Bréfritari: Sigríður Pálsdóttir
Viðtakandi: Páll Pálsson
Dagsetning: A-1869-02-26
Skrifað á: Breiðabólsstað  Rang.
Páll var bróðir Sigríðar

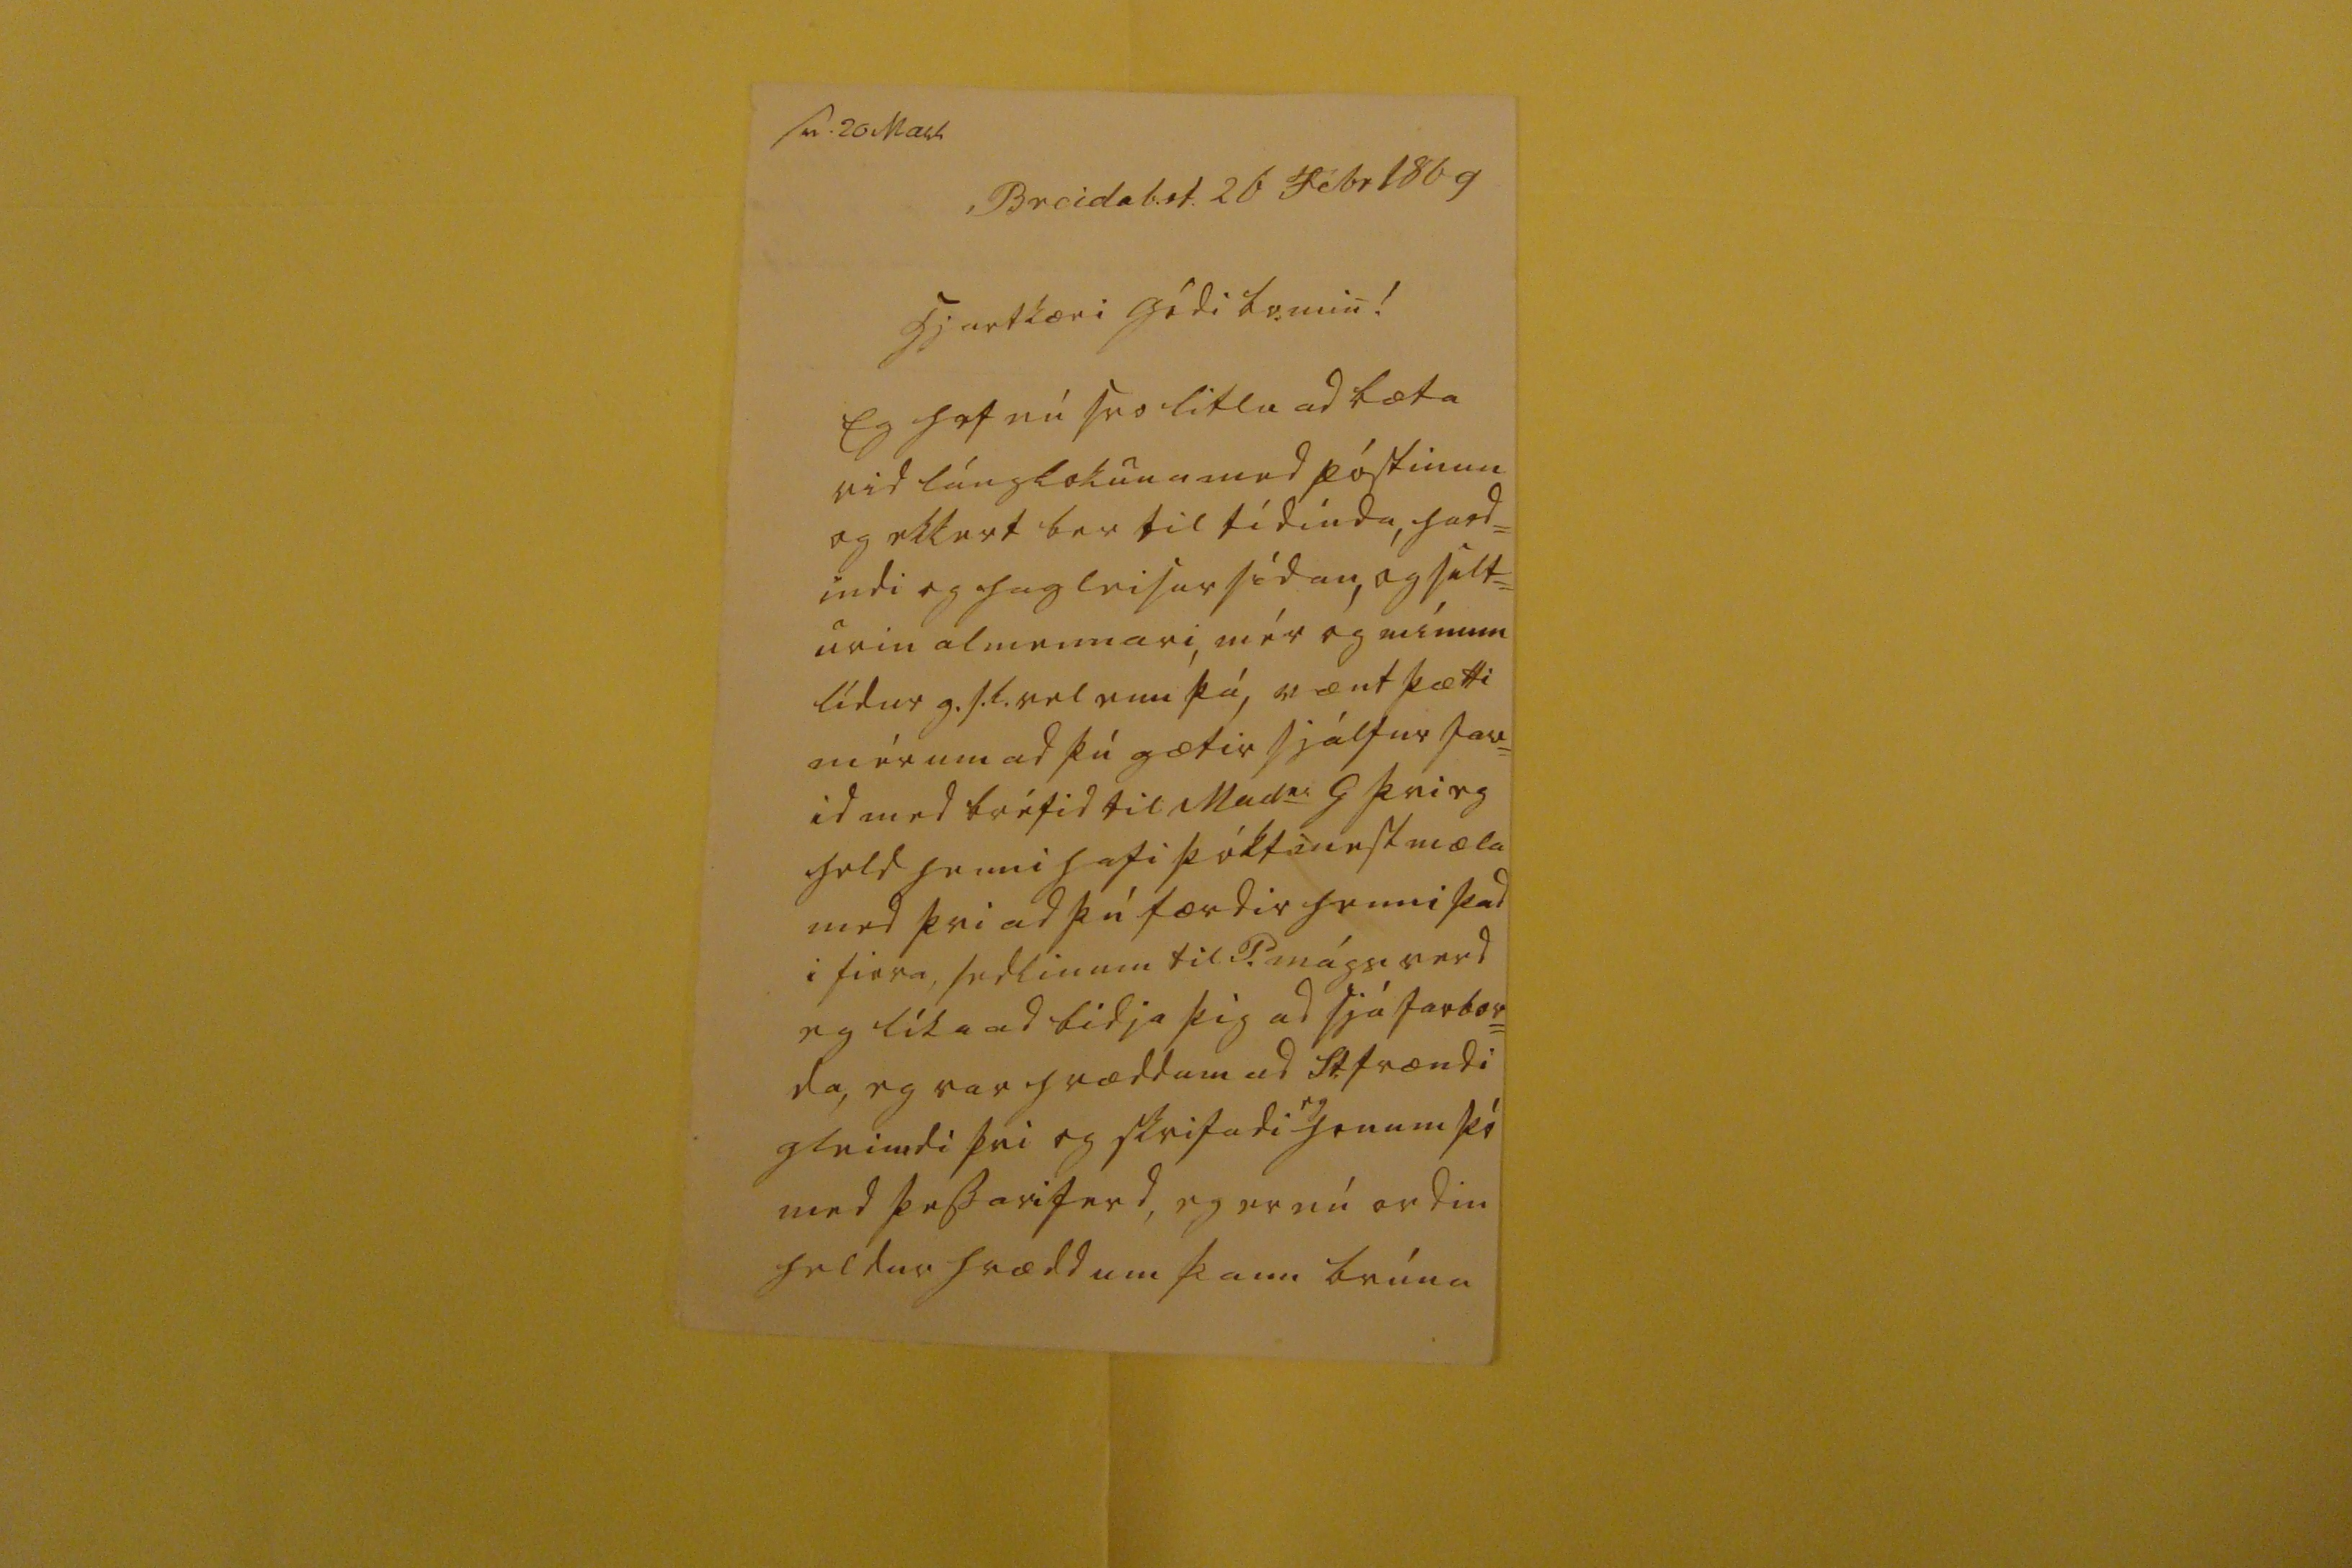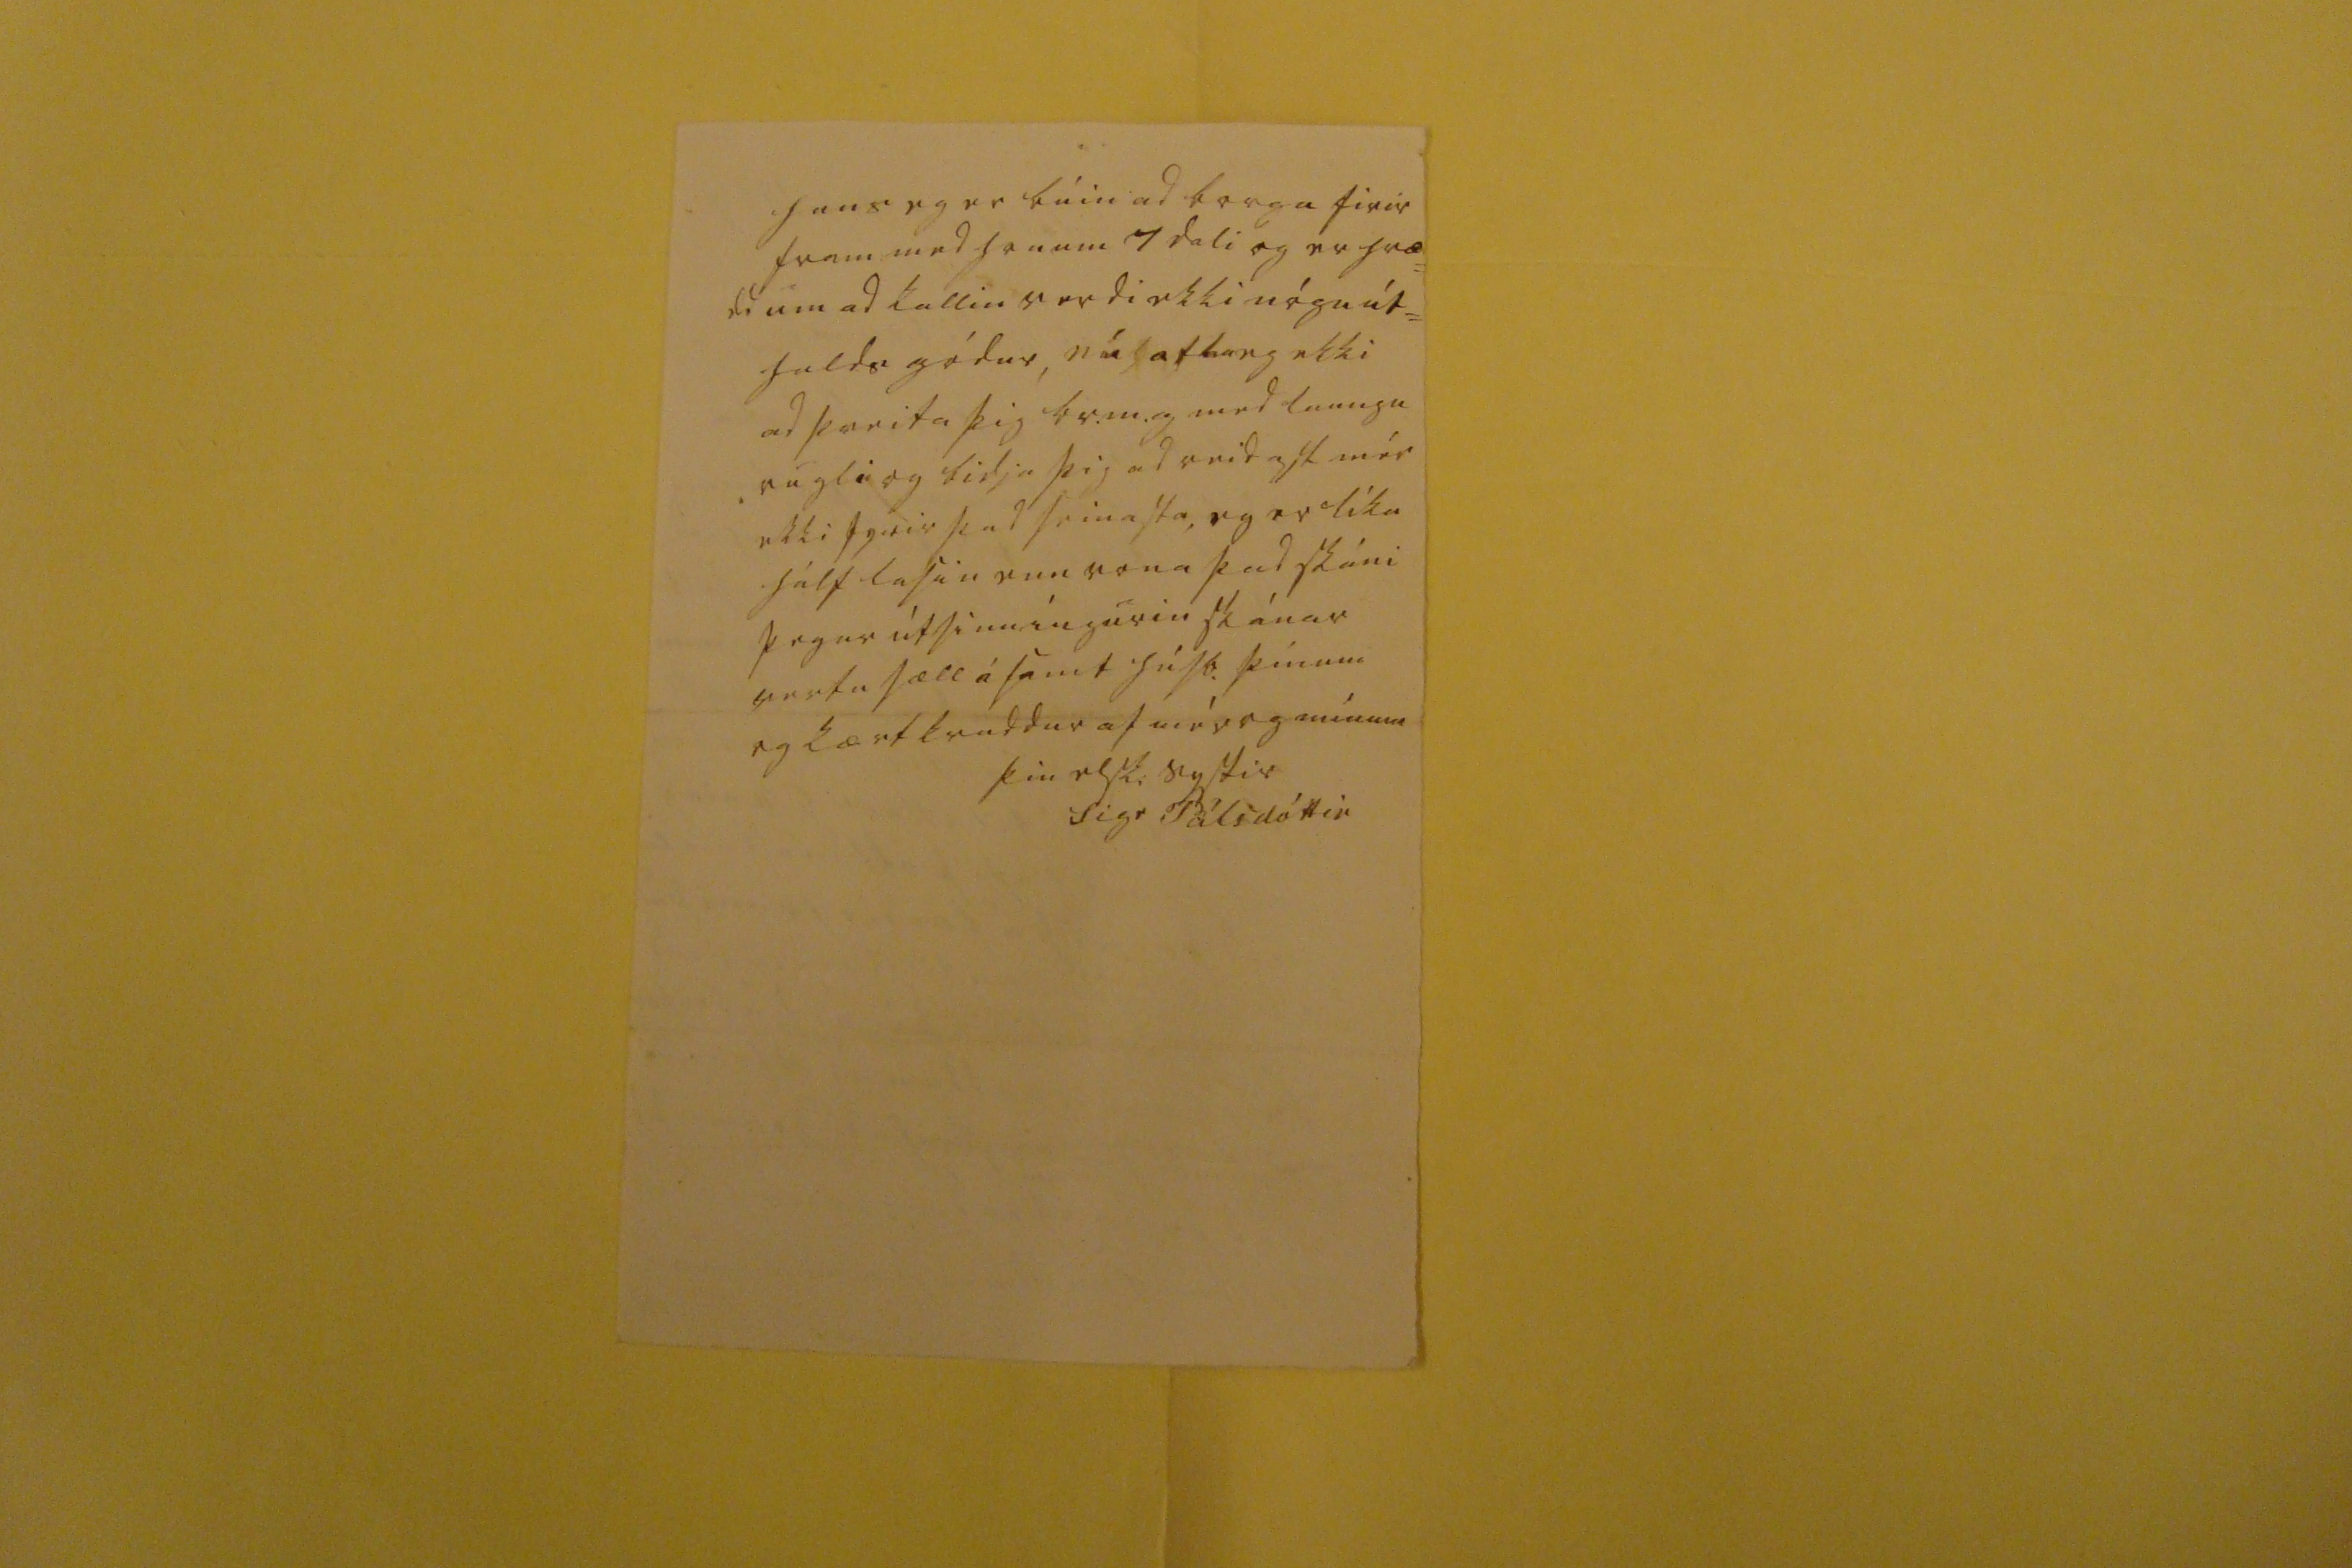

sv. 20 Mars
Breidab.st. 26 Febr 1869
hjartkæri gódi br. min!
Eg hef nú svo litlu ad bæta vid lánglokuna med póstinun og ekkert ber til tídinda, hard= indi og hagleisur sídan, og sult= urin almennari, mér og mínum lídur g.s.l. vel enn þá, vænt þætti mér um ad þú gætir sjálfur far= id med bréfid til Mad
m
G þvi eg held henni hafi þókt mest mæla med þvi ad þú færdir henni þad i firra, sedlinum til P. mágs verd eg líka ad bidja þig ad sjá farbor= da, eg var hræddum ad St. frændi gleimdi þvi og skrifadi
eg
honum þó med þessari ferd, eg er nú ordin heldur hrædd um þann brúna
hans eg er búin ad borga firir fram med honum 7 dali og er hræ= dd um ad kallin verdi ekki nógu út= halds gódur, nú atla eg ekki ad þreita þig br.m.g med laungu rugli og bidja þig ad reidast mér ekki fyrir þad seinasta, eg er líka hálf lasin enn vona þad skáni þegar útsinníngurin skánar vertu sæll ásamt húsb. þínum og kært kvaddur af mér og mínum
þin elsk. systir
Sigr Pálsdóttir